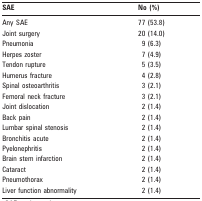
| SAE | No (%) |
 | --- | --- |
 | Any SAE | 77 (53.8) |
 | Joint surgery | 20 (14.0) |
 | Pneumonia | 9 (6.3) |
 | Herpes zoster | 7 (4.9) |
 | Tendon rupture | 5 (3.5) |
 | Humerus fracture | 4 (2.8) |
 | Spinal osteoarthritis | 3 (2.1) |
 | Femoral neck fracture | 3 (2.1) |
 | Joint dislocation | 2 (1.4) |
 | Back pain | 2 (1.4) |
 | Lumbar spinal stenosis | 2 (1.4) |
 | Bronchitis acute | 2 (1.4) |
 | Pyelonephritis | 2 (1.4) |
 | Brain stem infarction | 2 (1.4) |
 | Cataract | 2 (1.4) |
 | Pneumothorax | 2 (1.4) |
 | Liver function abnormality | 2 (1.4) |